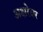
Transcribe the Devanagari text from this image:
अक्षरेवर